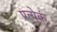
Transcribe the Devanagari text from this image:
प्रत्येकं